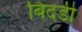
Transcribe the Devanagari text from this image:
बिदडी